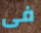
فى